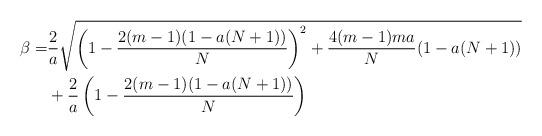
LaTeX: \begin{align*}\beta = &\frac{2}{a} \sqrt{\left( 1 - \frac{2(m-1)(1-a(N+1))}{N} \right)^2 + \frac{4(m-1)ma}{N} (1-a(N+1))}\\& + \frac{2}{a} \left( 1 - \frac{2(m-1)(1-a(N+1))}{N} \right) \end{align*}